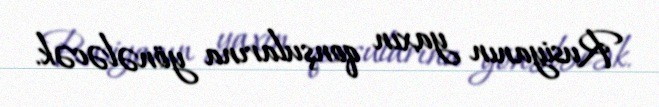
Rusiyanın yaxın qonşularına yönələcək.